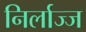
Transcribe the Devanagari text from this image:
निर्लाज्ज